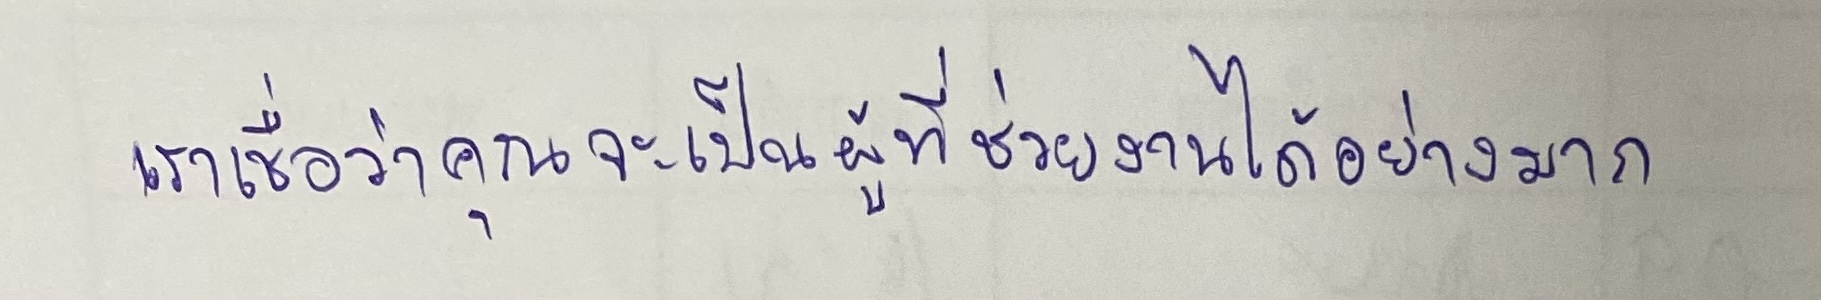
เราเชื่อว่าคุณจะเป็นผู้ที่ช่วยงานได้อย่างมาก"